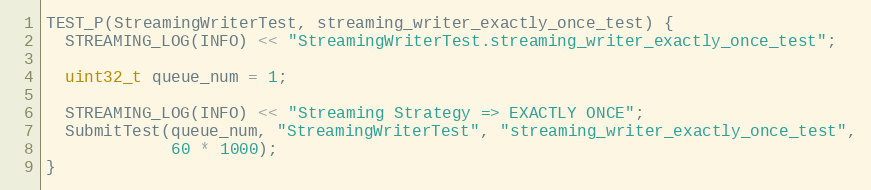
Language: C++
TEST_P(StreamingWriterTest, streaming_writer_exactly_once_test) {
  STREAMING_LOG(INFO) << "StreamingWriterTest.streaming_writer_exactly_once_test";

  uint32_t queue_num = 1;

  STREAMING_LOG(INFO) << "Streaming Strategy => EXACTLY ONCE";
  SubmitTest(queue_num, "StreamingWriterTest", "streaming_writer_exactly_once_test",
             60 * 1000);
}